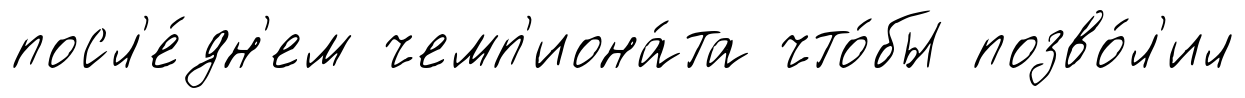
посл'е́дн'ем чемп'иона́та что́бы позво́л'ил